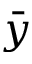
\bar { y }